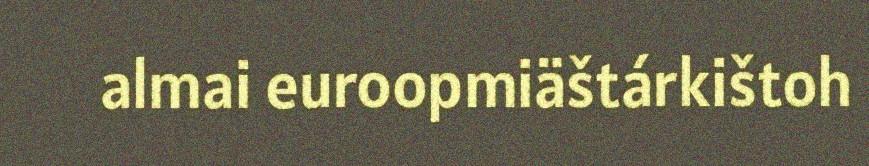
almai euroopmiäštárkištoh